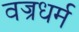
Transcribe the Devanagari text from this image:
वज्रधर्म